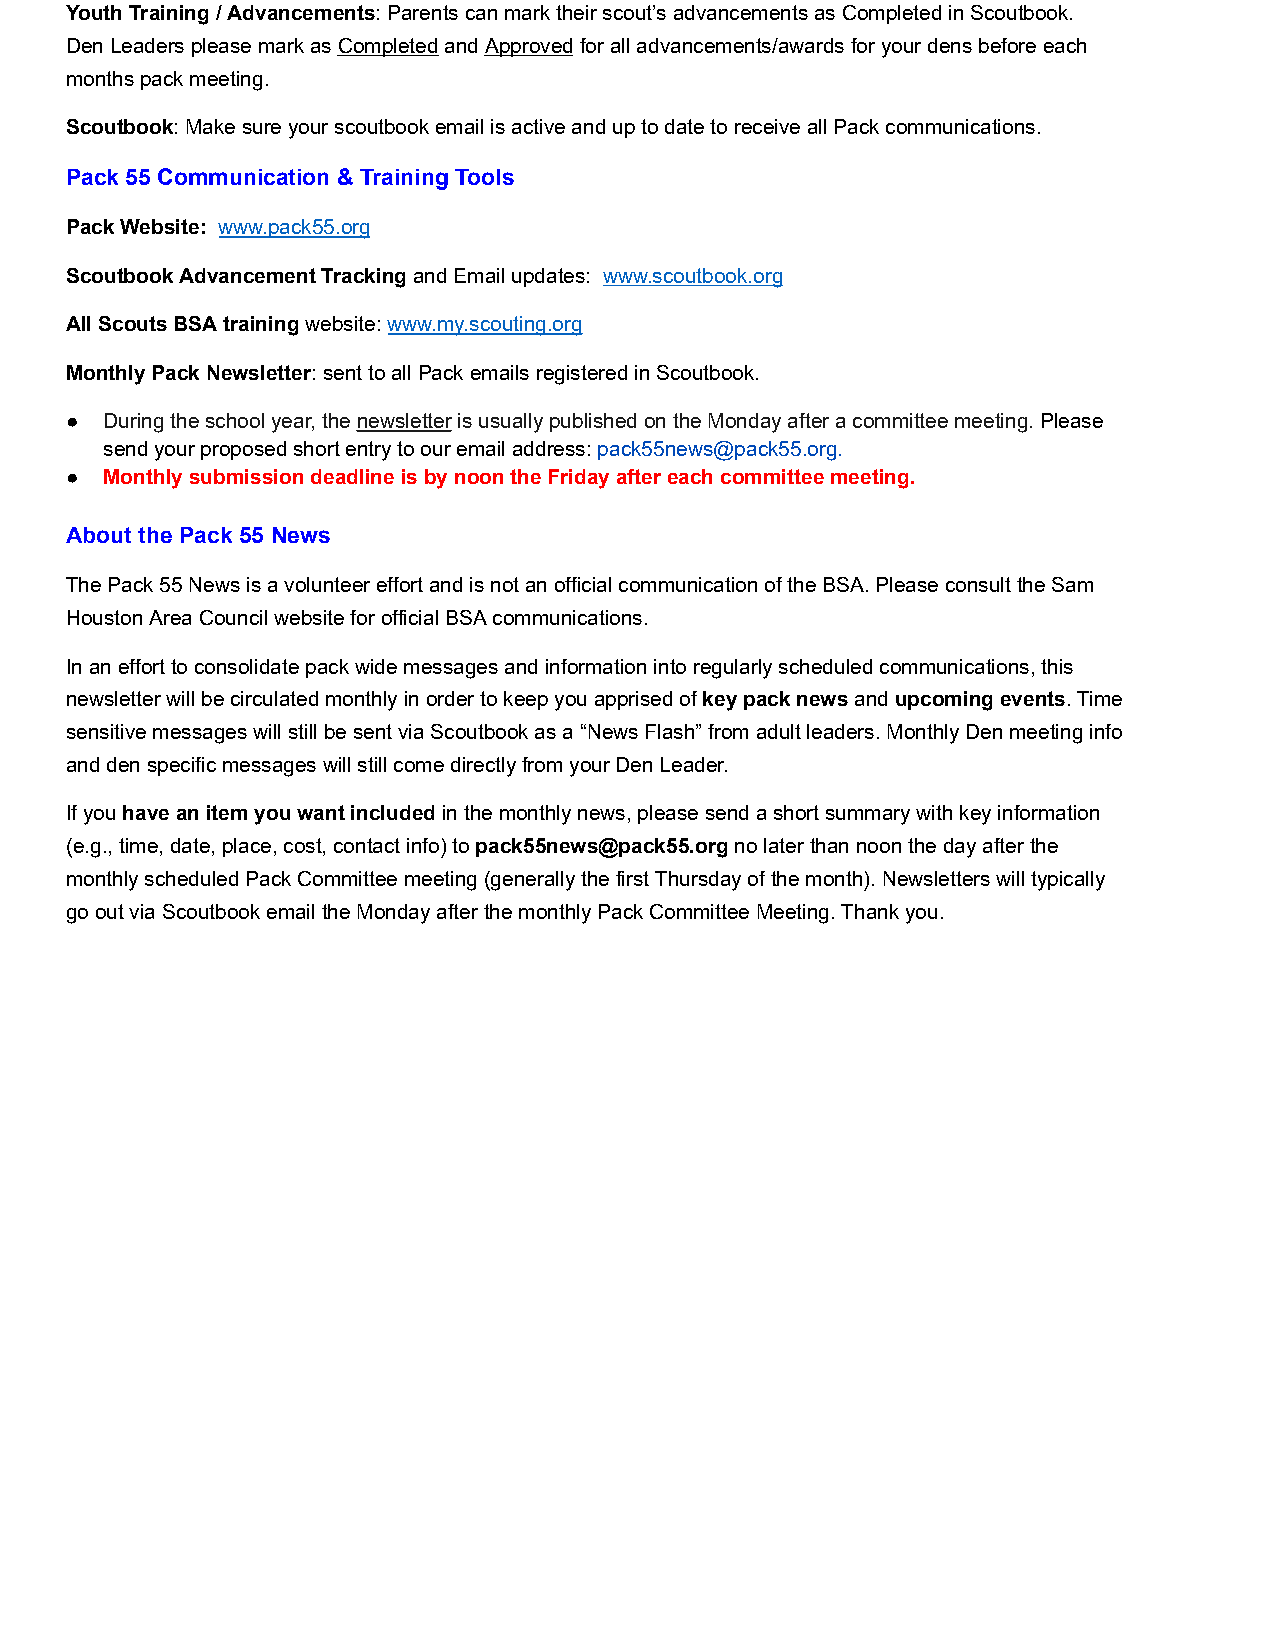
Youth Training / Advancements : Parents can mark their scout’s advancements as Completed in Scoutbook.
 Den Leaders please mark as Completed and Approved for all advancements/awards for your dens before each
 months pack meeting.
 Scoutbook : Make sure your scoutbook email is active and up to date to receive all Pack communications.
 Pack 55 Communication & Training Tools
 Pack Website: www.pack55.org
 Scoutbook Advancement Tracking and Email updates: www.scoutbook.org
 All Scouts BSA training website: www.my.scouting.org
 Monthly Pack Newsletter : sent to all Pack emails registered in Scoutbook.
 ●  During the school year, the newsletter is usually published on the Monday after a committee meeting. Please
 send your proposed short entry to our email address: pack55news@pack55.org.
 ●  Monthly submission deadline is by noon the Friday after each committee meeting.
 About the Pack 55 News
 The Pack 55 News is a volunteer effort and is not an official communication of the BSA. Please consult the Sam
 Houston Area Council website for official BSA communications.
 In an effort to consolidate pack wide messages and information into regularly scheduled communications, this
 newsletter will be circulated monthly in order to keep you apprised of key pack news and upcoming events . Time
 sensitive messages will still be sent via Scoutbook as a “News Flash” from adult leaders. Monthly Den meeting info
 and den specific messages will still come directly from your Den Leader.
 If you have an item you want included in the monthly news, please send a short summary with key information
 (e.g., time, date, place, cost, contact info) to pack55news@pack55.org no later than noon the day after the
 monthly scheduled Pack Committee meeting (generally the first Thursday of the month). Newsletters will typically
 go out via Scoutbook email the Monday after the monthly Pack Committee Meeting. Thank you.